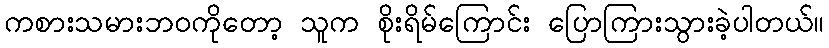
ကစားသမားဘဝကိုတော့ သူက စိုးရိမ်ကြောင်း ပြောကြားသွားခဲ့ပါတယ်။